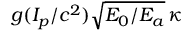
g ( I _ { p } / c ^ { 2 } ) \sqrt { E _ { 0 } / E _ { a } } \, \kappa